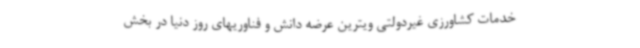
خدمات کشاورزی غیردولتی ویترین عرضه دانش و فناوریهای روز دنیا در بخش